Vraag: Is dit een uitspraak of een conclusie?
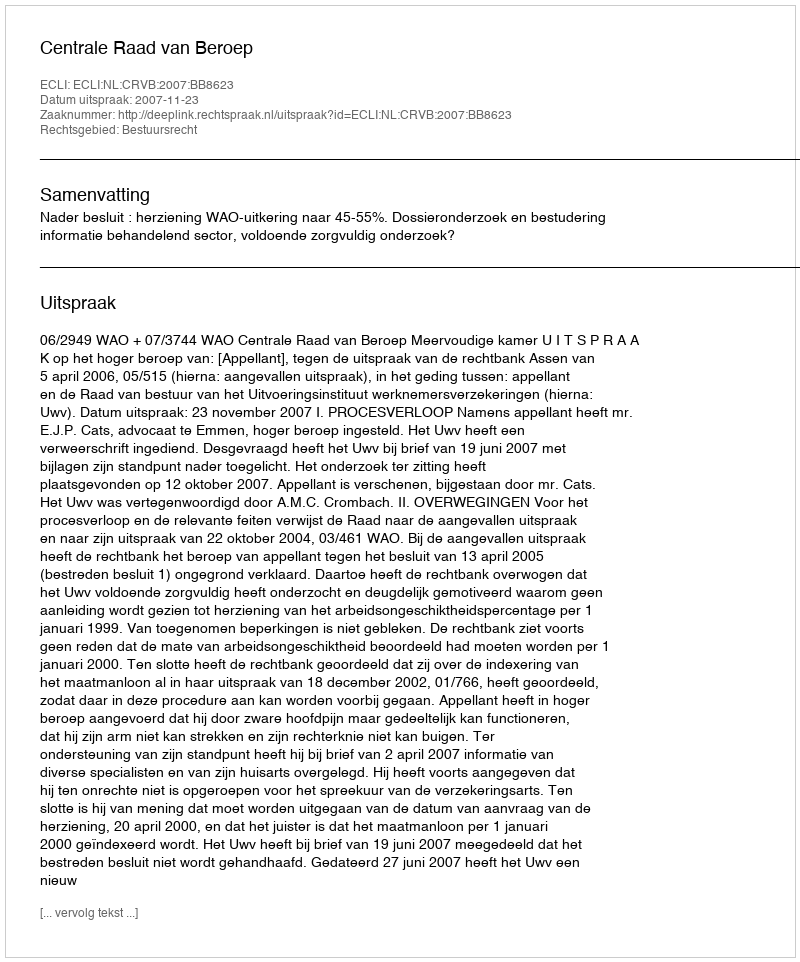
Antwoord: Uitspraak